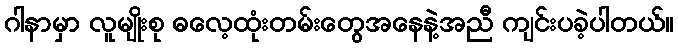
ဂါနာမှာ လူမျိုးစု ဓလေ့ထုံးတမ်းတွေအနေနဲ့အညီ ကျင်းပခဲ့ပါတယ်။